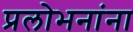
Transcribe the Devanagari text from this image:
प्रलोभनांना